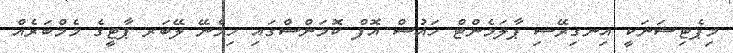
މިޕެޓިޝަނަކީ އިނގިރޭސި ޕާލަމެންޓް ހައުސް އޮފް ކޮމަންސްގައި ހިމެނޭ ލޭބަރ ޕާޓީގެ މެމްބަރެއް